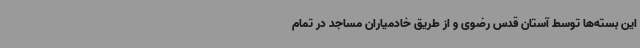
این بسته‌ها توسط آستان قدس رضوی و از طریق خادمیاران مساجد در تمام